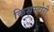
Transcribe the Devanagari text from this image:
किसस्टोरी